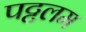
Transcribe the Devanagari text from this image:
पट्टलम